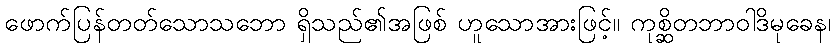
ဖောက်ပြန်တတ်သောသဘော ရှိသည်၏အဖြစ် ဟူသောအားဖြင့်။ ကုစ္ဆိတဘာဝါဒိမုခေန၊